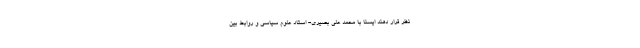
نظر قرار دهند ایسنا با محمد علی بصیری- استاد علوم سیاسی و روابط بین